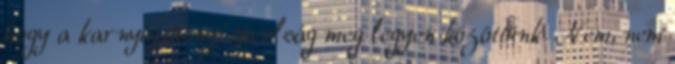
hogy a karnyújtásnyi távolság meg legyen közöttünk. Nem, nem